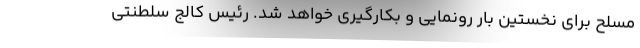
مسلح برای نخستین بار رونمایی و بکارگیری خواهد شد. رئیس کالج سلطنتی